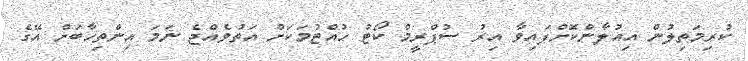
ކުރިމަތިލުން އިއުލާންކޮށްފައިވާ އިރު ސުޕްރީމް ކޯޓު ހުއްޓުމަކަށް އަތުވެއްޖެ ނަމަ އިންތިހާބަށް އޭގެ